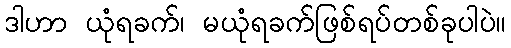
ဒါဟာ ယုံရခက်၊ မယုံရခက်ဖြစ်ရပ်တစ်ခုပါပဲ။